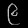
Digit: ၉